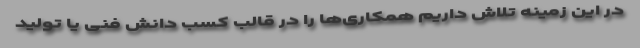
در این زمینه تلاش داریم همکاری‌ها را در قالب کسب دانش فنی یا تولید